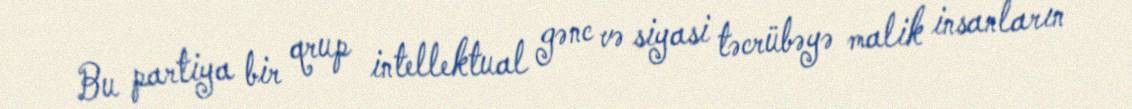
Bu partiya bir qrup intellektual gənc və siyasi təcrübəyə malik insanların